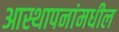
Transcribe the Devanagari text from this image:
आस्थापनांमधील